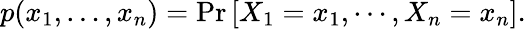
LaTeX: p(x_{1},\ldots,x_{n})=\operatorname*{Pr}\left[X_{1}=x_{1},\cdots,X_{n}=x_{n}\right].